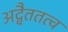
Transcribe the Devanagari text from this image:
अद्वैततत्व